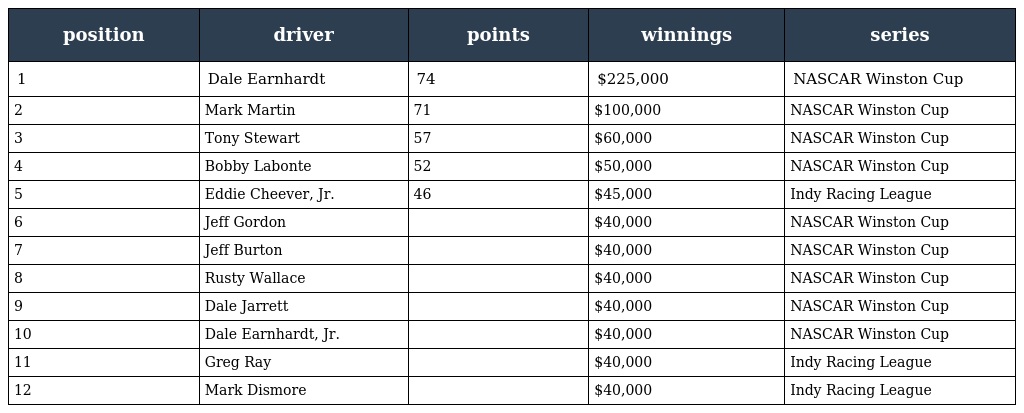
| position | driver | points | winnings | series |
 | --- | --- | --- | --- | --- |
 | 1 | Dale Earnhardt | 74 | $225,000 | NASCAR Winston Cup |
 | 2 | Mark Martin | 71 | $100,000 | NASCAR Winston Cup |
 | 3 | Tony Stewart | 57 | $60,000 | NASCAR Winston Cup |
 | 4 | Bobby Labonte | 52 | $50,000 | NASCAR Winston Cup |
 | 5 | Eddie Cheever, Jr. | 46 | $45,000 | Indy Racing League |
 | 6 | Jeff Gordon |  | $40,000 | NASCAR Winston Cup |
 | 7 | Jeff Burton |  | $40,000 | NASCAR Winston Cup |
 | 8 | Rusty Wallace |  | $40,000 | NASCAR Winston Cup |
 | 9 | Dale Jarrett |  | $40,000 | NASCAR Winston Cup |
 | 10 | Dale Earnhardt, Jr. |  | $40,000 | NASCAR Winston Cup |
 | 11 | Greg Ray |  | $40,000 | Indy Racing League |
 | 12 | Mark Dismore |  | $40,000 | Indy Racing League |